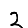
Digit: 2